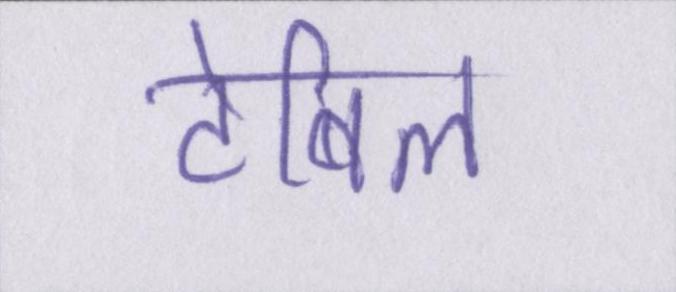
टेबिल